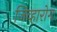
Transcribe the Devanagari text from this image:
जिव्हारोग